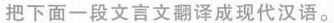
把下面一段文言文翻译成现代汉语。